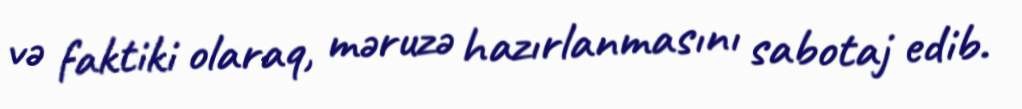
və faktiki olaraq, məruzə hazırlanmasını sabotaj edib.